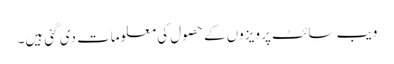
ویب سائٹ پر ویزوں کے حصول کی معلومات دی گئی ہیں۔